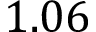
1 . 0 6